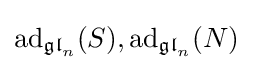
\operatorname {ad} _{{\mathfrak {gl}}_{n}}(S),\operatorname {ad} _{{\mathfrak {gl}}_{n}}(N)